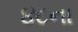
૪૮ના